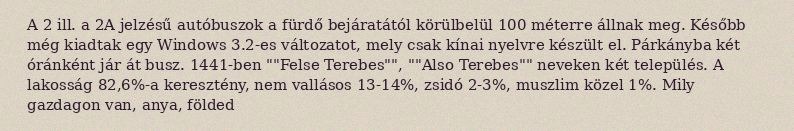
A 2 ill. a 2A jelzésű autóbuszok a fürdő bejáratától körülbelül 100 méterre állnak meg. Később még kiadtak egy Windows 3.2-es változatot, mely csak kínai nyelvre készült el. Párkányba két óránként jár át busz. 1441-ben ""Felse Terebes"", ""Also Terebes"" neveken két település. A lakosság 82,6%-a keresztény, nem vallásos 13-14%, zsidó 2-3%, muszlim közel 1%. Mily gazdagon van, anya, földed